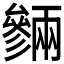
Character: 𠬙